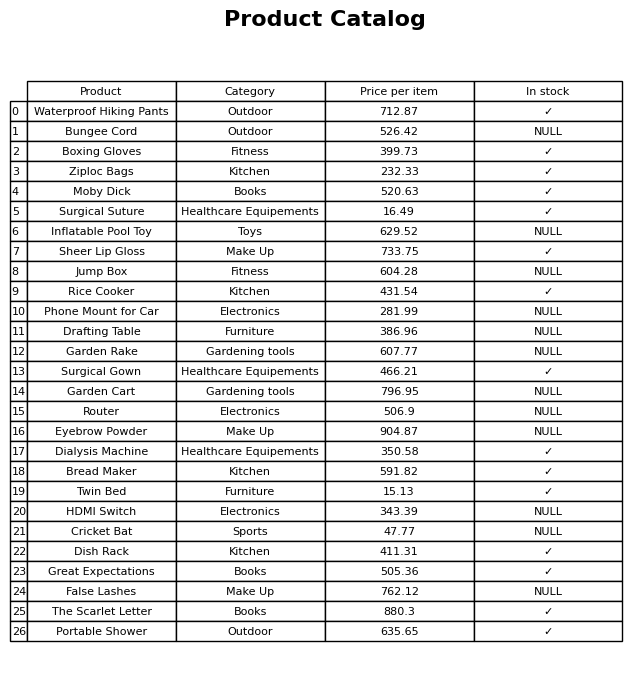
question: What is the price for Sheer Lip Gloss?
answer: The price of Sheer Lip Gloss is 733.75.